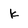
Character: K